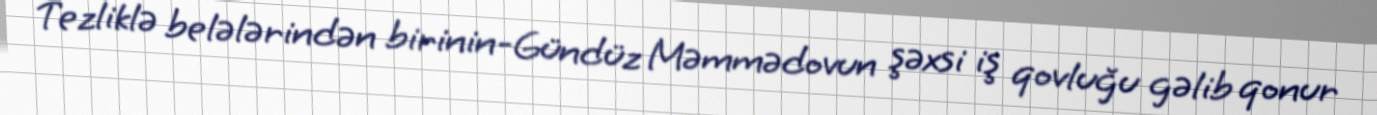
Tezliklə belələrindən birinin-Gündüz Məmmədovun şəxsi iş qovluğu gəlib qonur